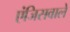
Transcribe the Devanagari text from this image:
एंजिसवाले